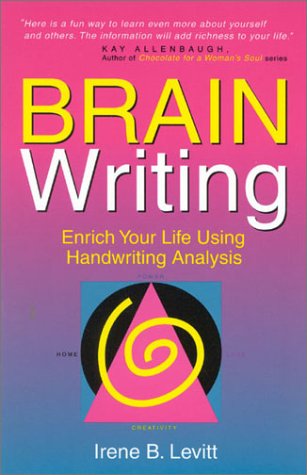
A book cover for Brainwriting! Enrich Your Life Using Handwriting Analysis; Irene B. Levitt; Self-Help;